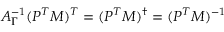
A _ { \Gamma } ^ { - 1 } ( P ^ { T } M ) ^ { T } = ( P ^ { T } M ) ^ { \dagger } = ( P ^ { T } M ) ^ { - 1 }